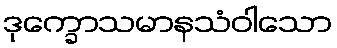
ဒုက္ခောသမာနသံဝါသော